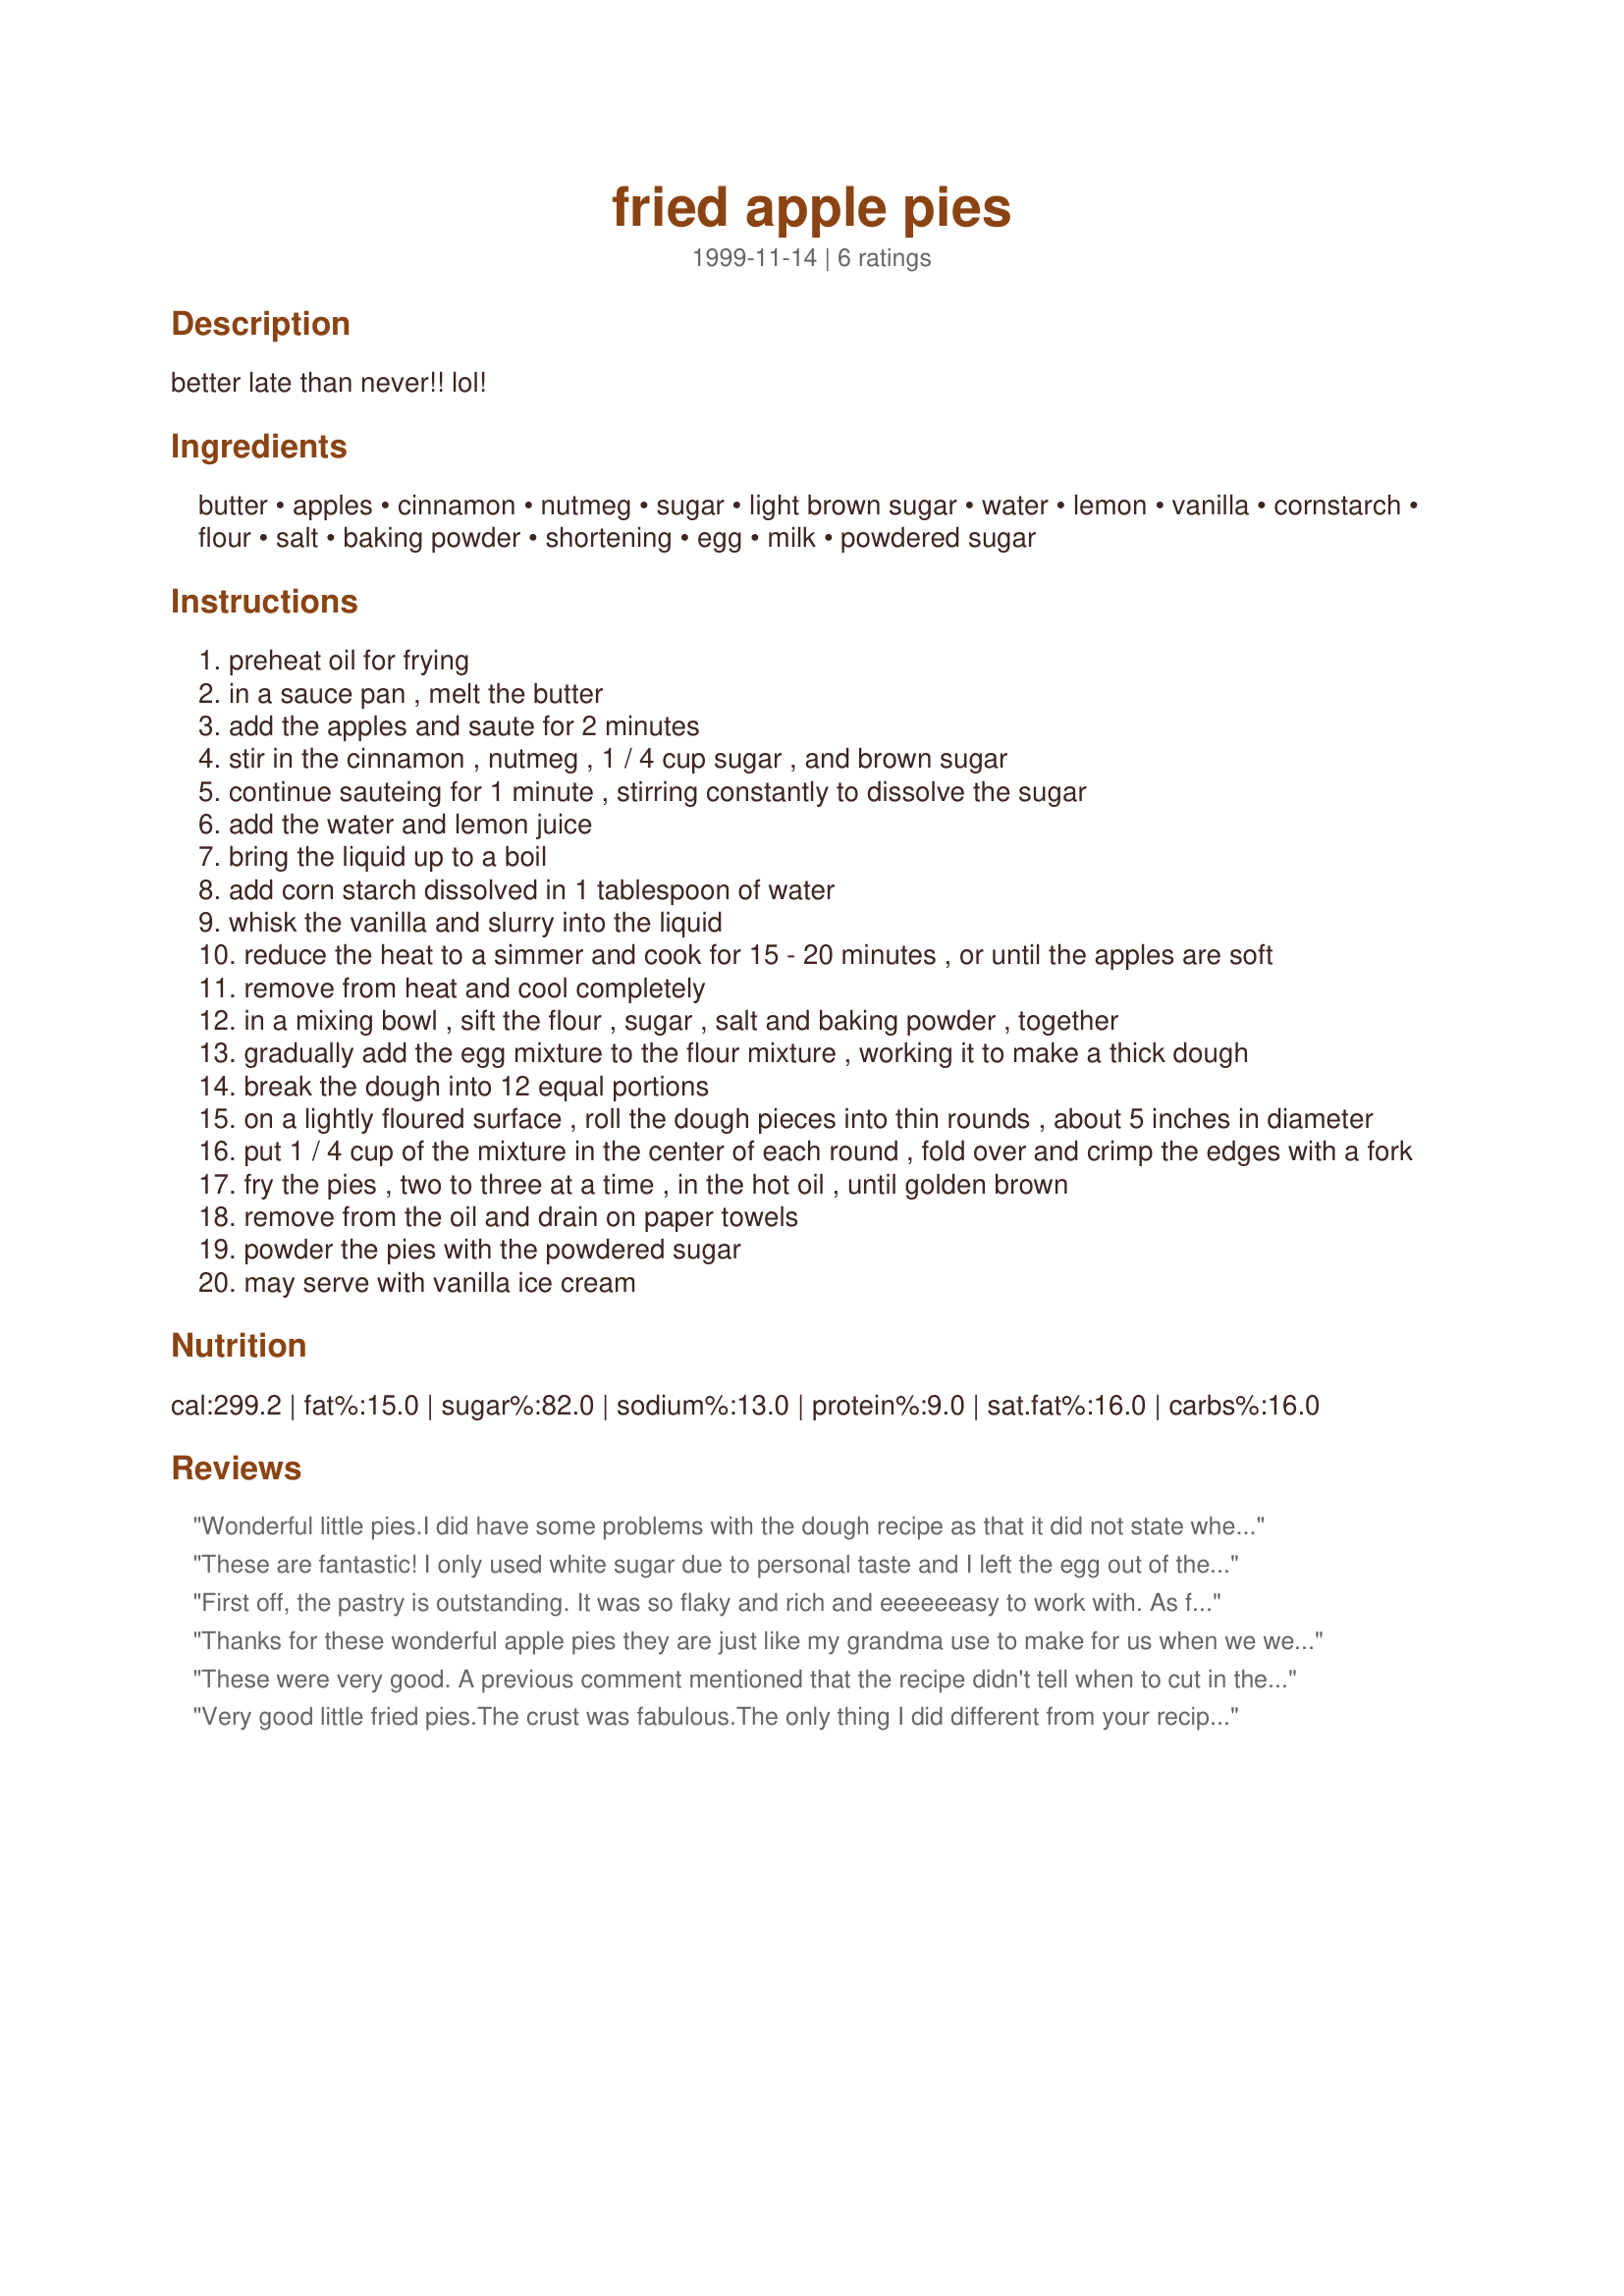
fried apple pies
Preparation time: 0 minutes

better late than never!! lol!

Ingredients:
butter, apples, cinnamon, nutmeg, sugar, light brown sugar, water, lemon, vanilla, cornstarch, flour, salt, baking powder, shortening, egg, milk, powdered sugar

Steps:
preheat oil for frying
in a sauce pan , melt the butter
add the apples and saute for 2 minutes
stir in the cinnamon , nutmeg , 1 / 4 cup sugar , and brown sugar
continue sauteing for 1 minute , stirring constantly to dissolve the sugar
add the water and lemon juice
bring the liquid up to a boil
add corn starch dissolved in 1 tablespoon of water
whisk the vanilla and slurry into the liquid
reduce the heat to a simmer and cook for 15 - 20 minutes , or until the apples are soft
remove from heat and cool completely
in a mixing bowl , sift the flour , sugar , salt and baking powder , together
gradually add the egg mixture to the flour mixture , working it to make a thick dough
break the dough into 12 equal portions
on a lightly floured surface , roll the dough pieces into thin rounds , about 5 inches in diameter
put 1 / 4 cup of the mixture in the center of each round , fold over and crimp the edges with a fork
fry the pies , two to three at a time , in the hot oil , until golden brown
remove from the oil and drain on paper towels
powder the pies with the powdered sugar
may serve with vanilla ice cream

Reviews:
Wonderful little pies.I did have some problems with the dough recipe as that it did not state when or if to cut the shortening in the flour mixture.Having made pastry dough before I assumed that that the step was just forgotten and I went ahead and cut the shortening in like normal.If it is a typo error I would suggest editing the recipe so other cooks will know what to do,and if it was not supposed to be added for whatever reason,I added it anyway.The apples took forever to cook down,but that was ok,gave me time to do something else.ALL in all,the pies were fabulous and I am giving 4 stars for the difficulty of the instructions.I will definately make these again.
These are fantastic! I only used white sugar due to personal taste and I left the egg out of the crust and added an extra tablespoon of milk but other than that followed the recipe. The crust is flaky and light and the filling is delicious! Thanks for such a good recipe. I've made fried pies for years but was looking for a better crust recipe when I found this. I will definitely use it again and again. Thank you mstrcook for the winning recipe that will surely be a family favorite.
First off, the pastry is outstanding. It was so flaky and rich and eeeeeeasy to work with.

As for the filling, it was good too, though I did add a bit more cinnamon, since I like a LOT of spice.

This is a really great recipe, and I'll definitely make it again.

Thanks for posting!
Thanks for these wonderful apple pies they are just like my grandma use to make for us when we were growing up. Thanks mstrcook...
These were very good. A previous comment mentioned that the recipe didn't tell when to cut in the shortening so I cut in the shortening in between step 7 & 8. The leftover pies froze very well and were just as delicious when baked at 350 for 20 min.
Very good little fried pies.The crust was fabulous.The only thing I did different from your recipe was to put a little egg white when I sealed them,just so they would not leak out any filling in the grease.
This recipe takes you home again.Thanks so much!
